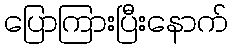
ပြောကြားပြီးနောက်